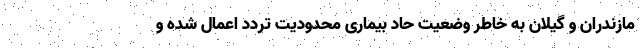
مازندران و گیلان به خاطر وضعیت حاد بیماری محدودیت تردد اعمال شده و